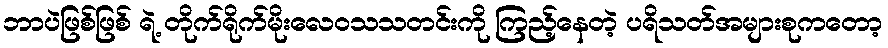
ဘာပဲဖြစ်ဖြစ် ရဲ့ တိုက်ရိုက်မိုးလေဝသသတင်းကို ကြည့်နေတဲ့ ပရိသတ်အများစုကတော့